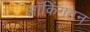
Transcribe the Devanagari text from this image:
लॉकिंगटन